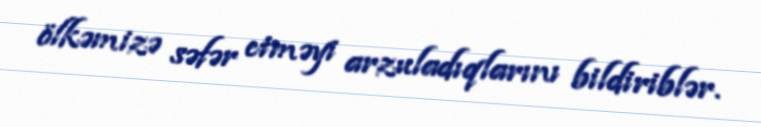
ölkəmizə səfər etməyi arzuladıqlarını bildiriblər.